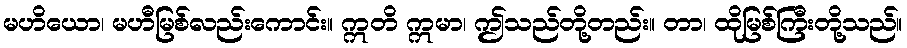
မဟိယော၊ မဟီမြစ်လည်းကောင်း။ ဣတိ ဣမာ၊ ဤသည်တို့တည်း။ တာ၊ ထိုမြစ်ကြီးတို့သည်။